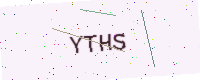
Text: YTHS